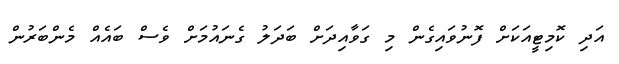
އަދި ކޮމިޓީއަކަށް ފޮނުވައިގެން މި ގަވާއިދަށް ބަދަލު ގެނައުމަށް ވެސް ބައެއް މެންބަރުން